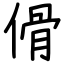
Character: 傦